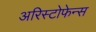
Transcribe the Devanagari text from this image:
अरिस्टोफेन्स